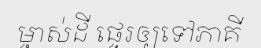
ម្ចាស់ដី ផ្ទេរឲ្យទៅភាគី